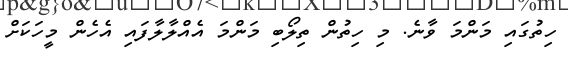
ހިތުގައި މަންމަ ވާނެ. މި ހިތުން ތިލޯބި މަންމަ އެއްލާލާފައި އެހެން މީހަކަށް